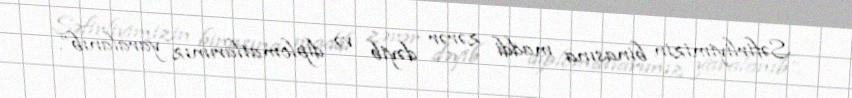
Səfirliyimizin binasına maddi zərər dəyib və diplomatlarımız yaralanıb”.